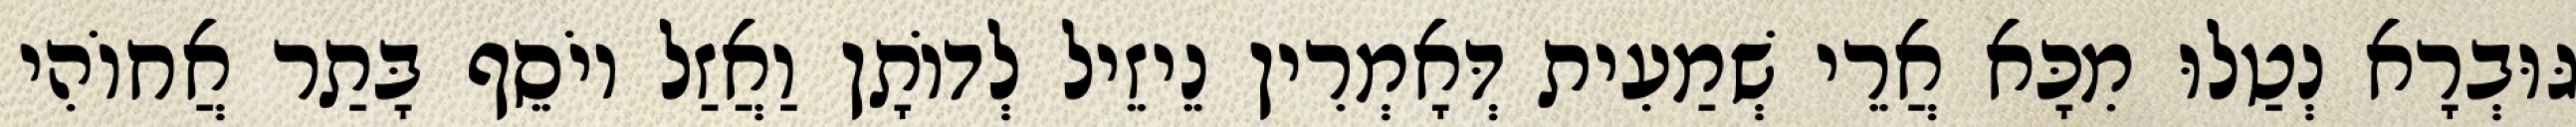
גּוּבְרָא נְטַלוּ מִכָּא אֲרֵי שְׁמַעִית דְּאָמְרִין נֵיזֵיל לְדוֹתָן וַאֲזַל יוֹסֵף בָּתַר אֲחוֹהִי